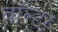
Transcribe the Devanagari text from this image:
वॉल्‍टर